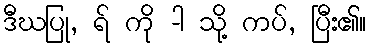
ဒီဃပြု, ရ် ကို -ါ သို့ ကပ်, ပြီး၏။